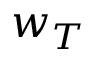
w _ { T }